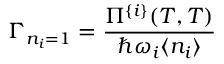
\Gamma _ { n _ { i } = 1 } = { \frac { \Pi ^ { \{ i \} } ( T , T ) } { \hbar \omega _ { i } \langle n _ { i } \rangle } }